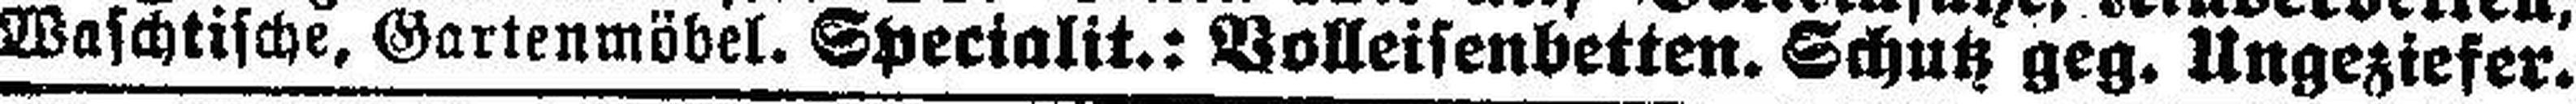
Waschtische, Gartenmöbel. Specialit.: Volleisenbetten. Schutz geg. Ungeziefer.